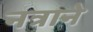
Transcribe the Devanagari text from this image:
नत्राने